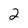
Character: 2